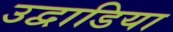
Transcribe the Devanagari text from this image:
उद्वाडिया